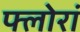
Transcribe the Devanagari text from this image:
फ्लोरां